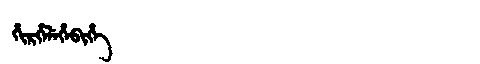
Manchu: ᡥᡳᡵᡥᡝᠯᡝᡥᡝᠪᡳᡥᡝ
Romanization: HIRHELEHEBIHE